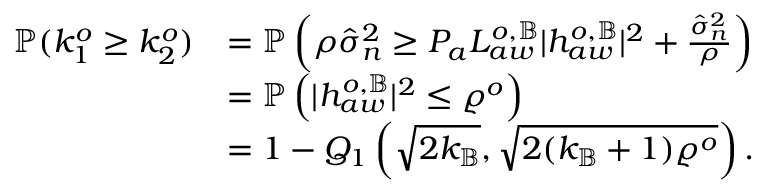
\begin{array} { r l } { \mathbb { P } ( k _ { 1 } ^ { o } \geq k _ { 2 } ^ { o } ) } & { = \mathbb { P } \left( \rho \hat { \sigma } _ { n } ^ { 2 } \geq P _ { a } L _ { a w } ^ { o , \mathbb { B } } | { h } _ { a w } ^ { o , \mathbb { B } } | ^ { 2 } + \frac { \hat { \sigma } _ { n } ^ { 2 } } { \rho } \right) } \\ & { = \mathbb { P } \left( | { h } _ { a w } ^ { o , \mathbb { B } } | ^ { 2 } \leq \varrho ^ { o } \right) } \\ & { = 1 - Q _ { 1 } \left( \sqrt { 2 k _ { \mathbb { B } } } , \sqrt { 2 ( k _ { \mathbb { B } } + 1 ) \varrho ^ { o } } \right) . } \end{array}